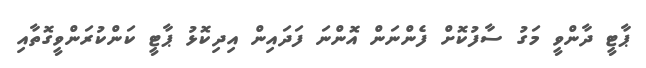
ޕާޓީ ދާންވީ މަގު ސާފުކޮށް ފެންނަން އޮންނަ ފަދައިން އިދިކޮޅު ޕާޓީ ކަންކުރަންވީގޮތާއި